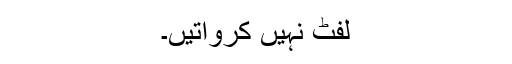
لفٹ نہیں کرواتیں۔